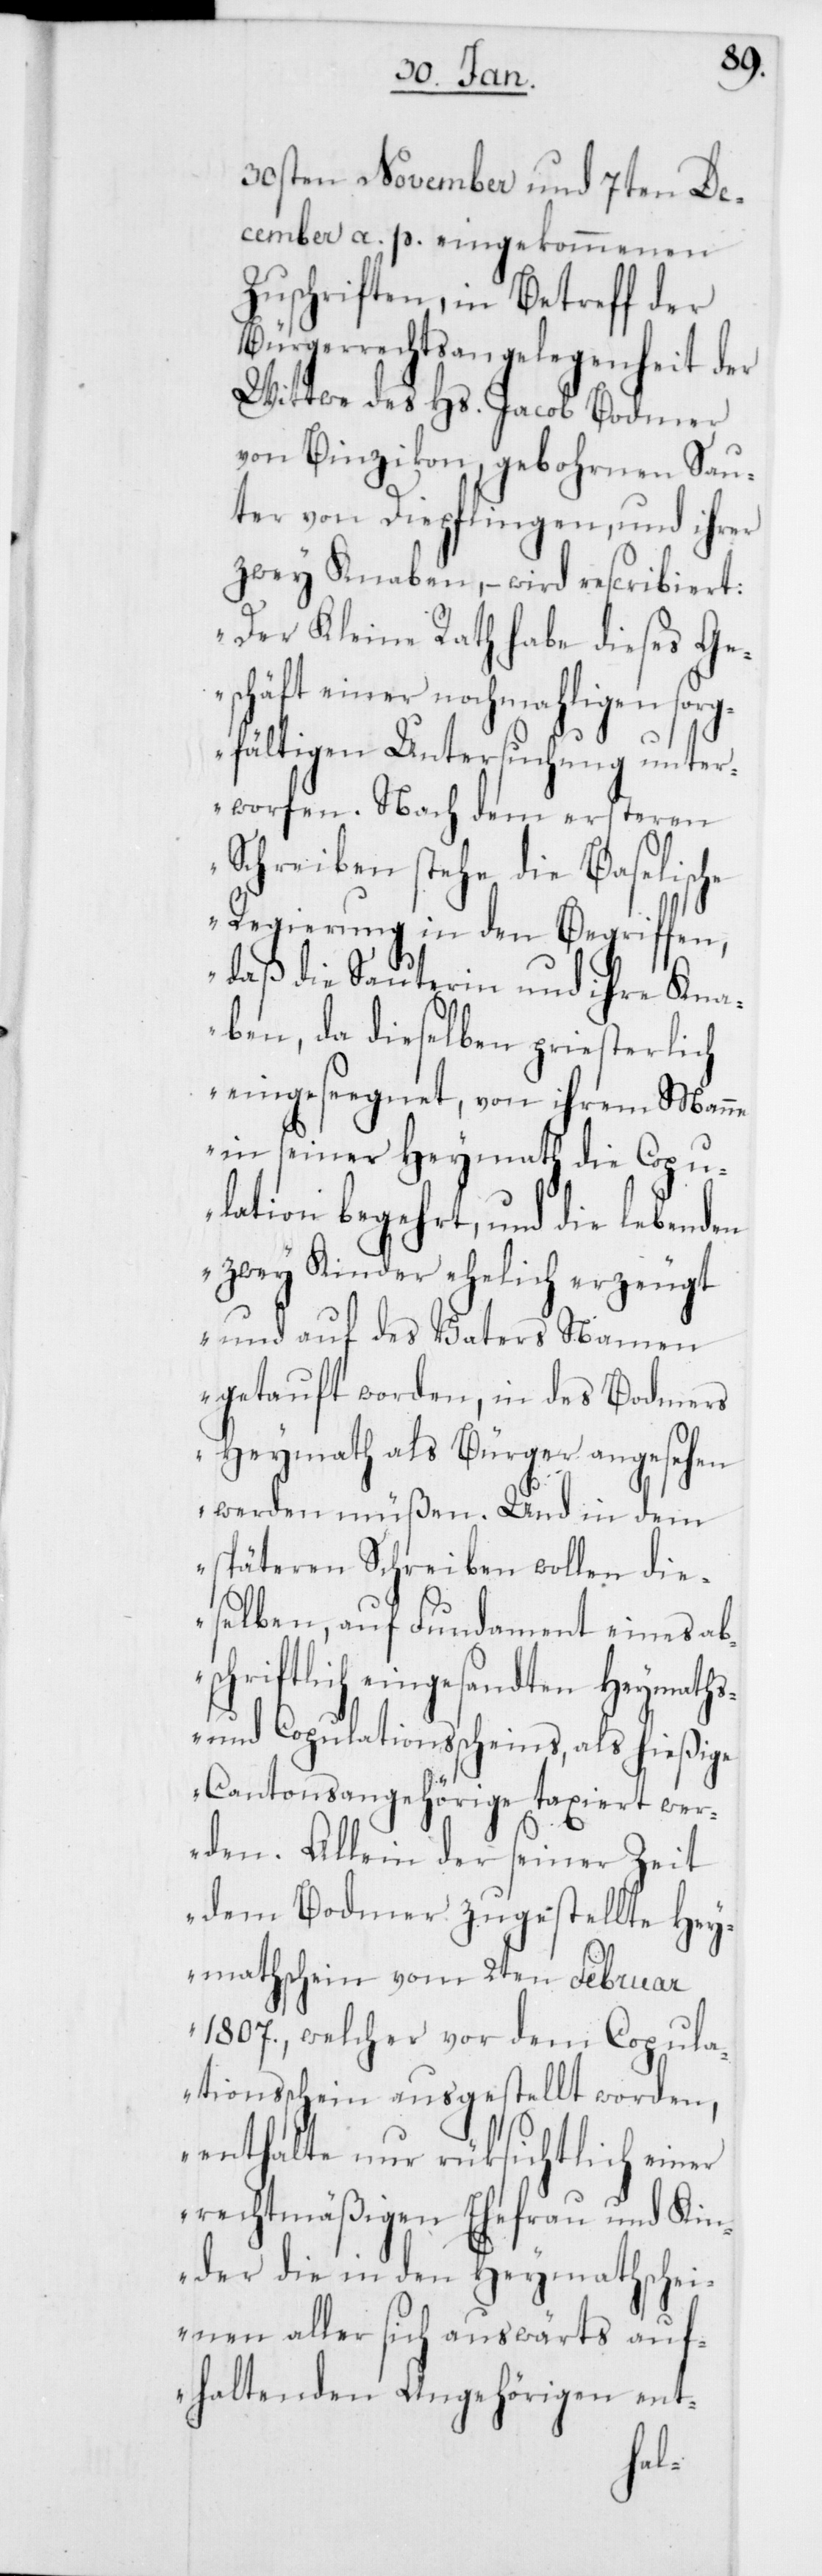
he
30sten November und 7ten De¬
cember a. p. eingekommenen
Zuschriften, in Betreff der
Bürgerrechtsangelegenheit der
Wittwe des Hs. Jacob Bodmer
von Binzikon, gebohrnen Sau¬
ter von Diepflingen, und ihrer
zwey Knaben, – wird rescribiert:
„Der Kleine Rath habe dieses Ge¬
schäft einer nochmaligen sor¬
gfältigen Untersuchung unter¬
worfen. Nach dem ersteren
Schreiben stehe die Baselisc¬
Regierung in den Begriffen,
daß die Sauterin und ihre Kna¬
ben, da dieselben priesterlich
eingeseegnet, von ihrem Manne
in seiner Heymath die Cop¬
ulation begehrt, und die lebenden
zwey Kinder ehelich erzeugt
und auf des Vaters Namen
getauft worden, in des Bodmers
Heymath als Bürger angesehen
werden müßen. Und in dem
späteren Schreiben wollen die¬
selben, auf Fundament eines ab¬
schriftlich eingesandten Heymaths-
und Copulationsscheins, als hießige
Cantonsangehörige taxiert wer¬
den. Allein der seiner Zeit
dem Bodmer zugestellte Hey¬
mathschein vom 2ten Februar
1807., welcher vor dem Copula¬
tionsschein ausgestellt worden,
enthalte nur rüksichtlich einer
rechtmäßigen Ehefrau und Kin¬
der die in den Heymathschei¬
nen aller sich auswärts auf¬
haltenden Angehörigen ent-